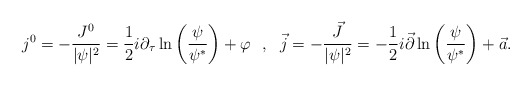
\begin{align*}j^0=-\frac{J^0}{|\psi|^2}=\frac{1}{2}i\partial_\tau\ln\left(\frac{\psi}{\psi^*}\right)+\varphi\ \ ,\ \ \vec{j}=-\frac{\vec{J}}{|\psi|^2}=-\frac{1}{2}i\vec{\partial}\ln\left(\frac{\psi}{\psi^*}\right)+\vec{a}.\end{align*}